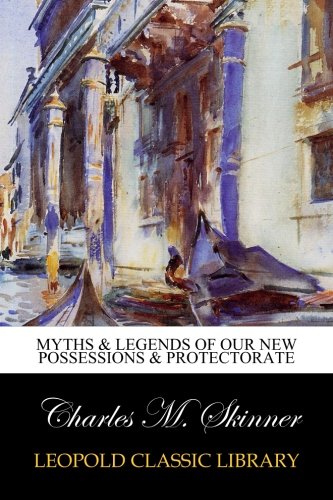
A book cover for Myths & Legends of our New Possessions & Protectorate; Charles M. Skinner; Religion & Spirituality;